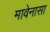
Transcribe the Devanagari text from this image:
मावेनासा